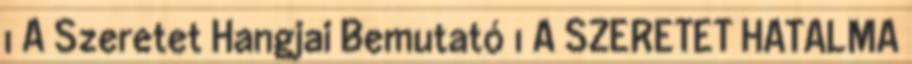
1 A Szeretet Hangjai Bemutató 1 A SZERETET HATALMA